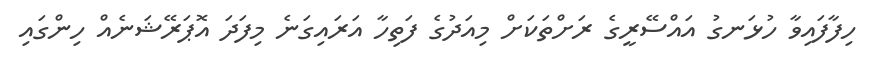
ހިފާފައިވާ ހުޅަނގު އައްސޭރީގެ ރަށްތަކަށް މިއަދުގެ ފަތިހާ އަރައިގަނެ މިފަދަ އޮޕަރޭޝަނެއް ހިންގައި